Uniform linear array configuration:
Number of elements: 24
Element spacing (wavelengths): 0.5
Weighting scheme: hann
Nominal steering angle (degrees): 30
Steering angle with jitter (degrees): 29.1
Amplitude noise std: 0.05
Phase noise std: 0.05

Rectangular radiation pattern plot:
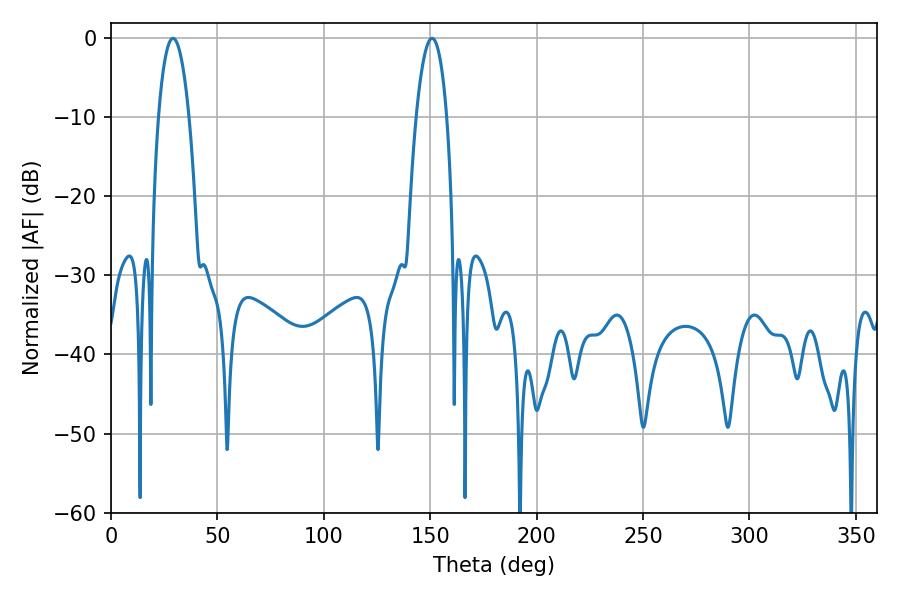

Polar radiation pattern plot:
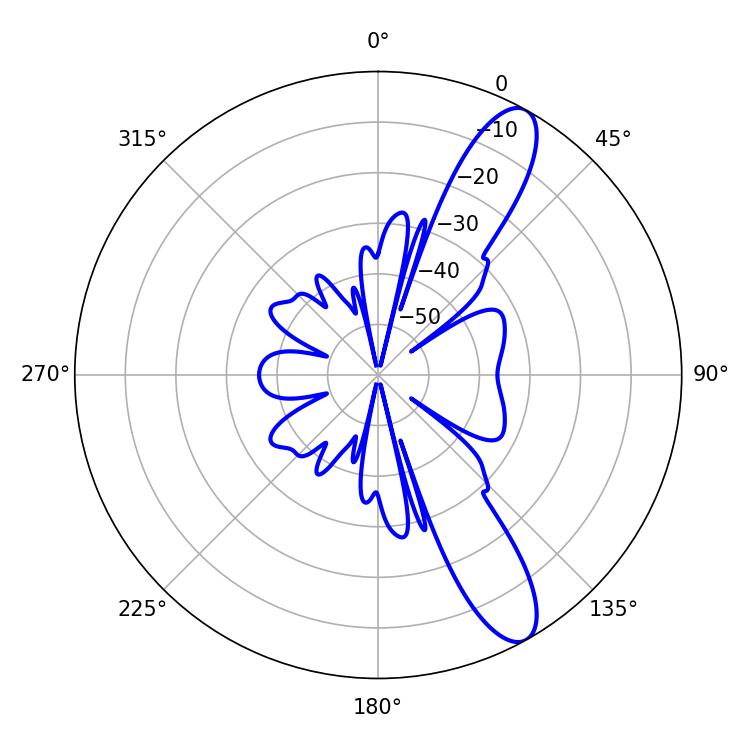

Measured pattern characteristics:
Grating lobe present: FALSE
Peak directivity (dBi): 11.351
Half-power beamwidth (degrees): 8.1
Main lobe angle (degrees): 29.16